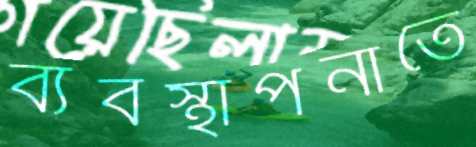
ব্যবস্থাপনাতে